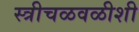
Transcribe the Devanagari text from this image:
स्त्रीचळवळीशी